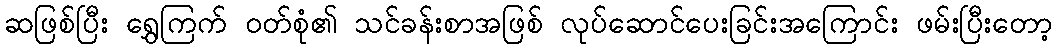
ဆဖြစ်ပြီး ရွှေကြက် ဝတ်စုံ၏ သင်ခန်းစာအဖြစ် လုပ်ဆောင်ပေးခြင်းအကြောင်း ဖမ်းပြီးတော့